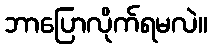
ဘာပြောလိုက်ရမလဲ။